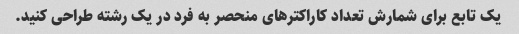
یک تابع برای شمارش تعداد کاراکترهای منحصر به فرد در یک رشته طراحی کنید.